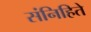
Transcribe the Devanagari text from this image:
संनिहिते